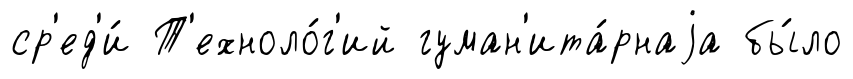
ср'ед'и́ Т'ехноло́г'ий гуман'ита́рнаjа бы́ло